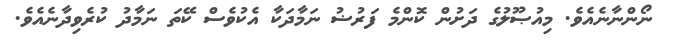
ނޯންނާނެއެވެ. މިއުޞޫލުގެ ދަށުން ކޮންމެ ފަރުޟު ނަމާދަކާ އެކުވެސް ކޭތަ ނަމާދު ކުރެވިދާނެއެވެ.